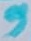
Text: 9